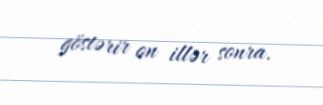
göstərir on illər sonra.